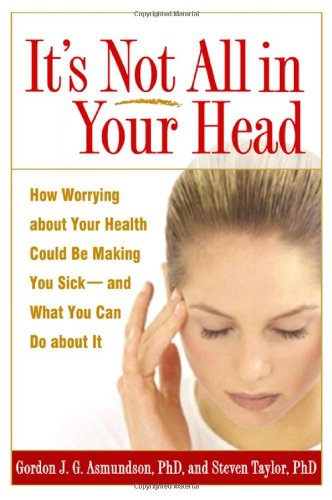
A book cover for It's Not All in Your Head: How Worrying about Your Health Could Be Making You Sick--and What You Can Do about It; Gordon J. G. Asmundson PhD; Health, Fitness & Dieting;